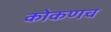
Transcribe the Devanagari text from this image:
कोकणच